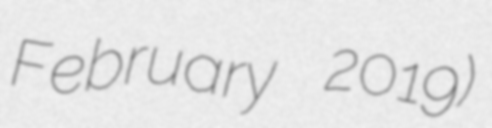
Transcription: February 2019)